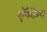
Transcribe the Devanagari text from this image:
ऍस्केप